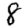
Digit: 8